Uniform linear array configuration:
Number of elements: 16
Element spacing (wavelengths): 0.5
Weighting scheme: exponential
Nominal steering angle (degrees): -60
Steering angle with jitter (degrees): -59.434
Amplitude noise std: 0.05
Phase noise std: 0.05

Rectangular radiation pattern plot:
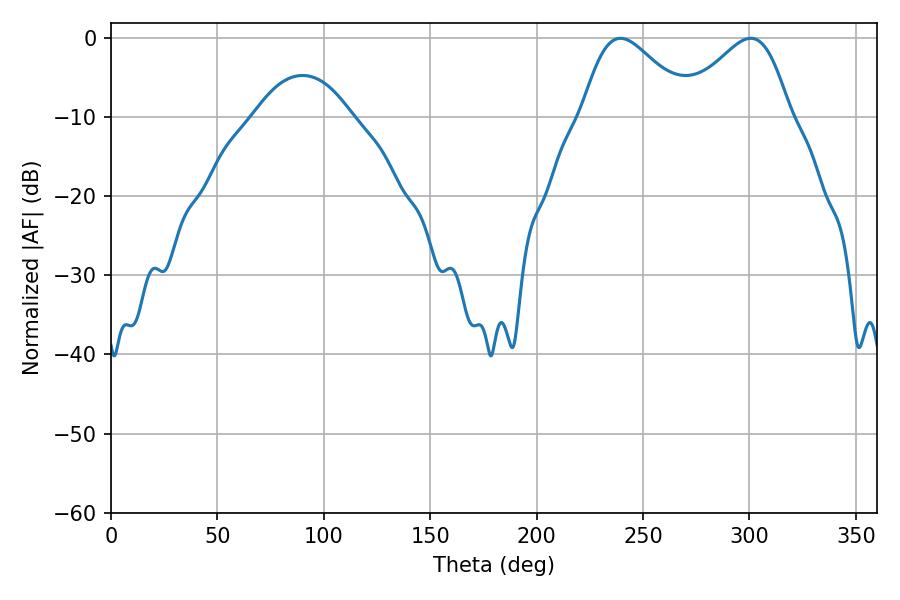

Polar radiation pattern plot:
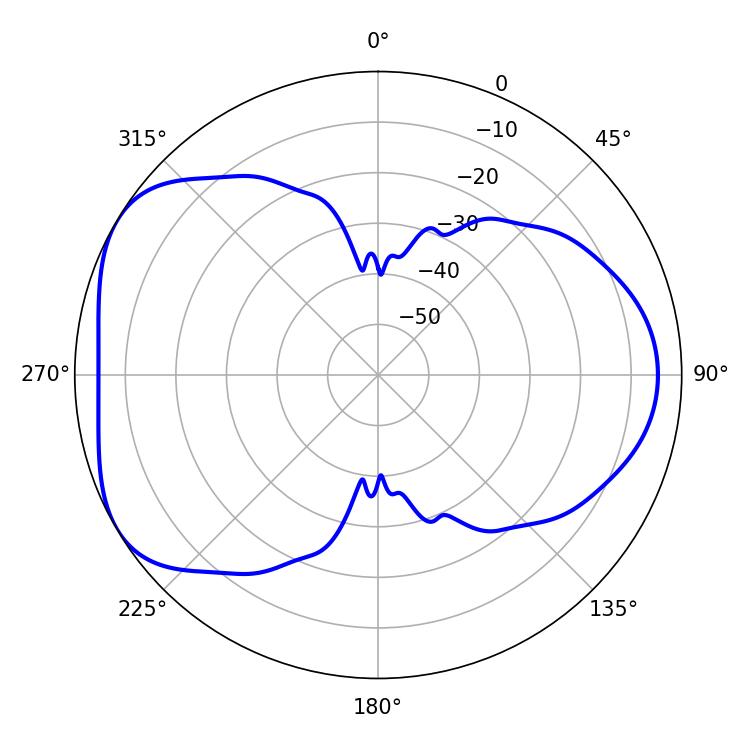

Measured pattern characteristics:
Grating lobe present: FALSE
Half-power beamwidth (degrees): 27
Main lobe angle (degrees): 239.4